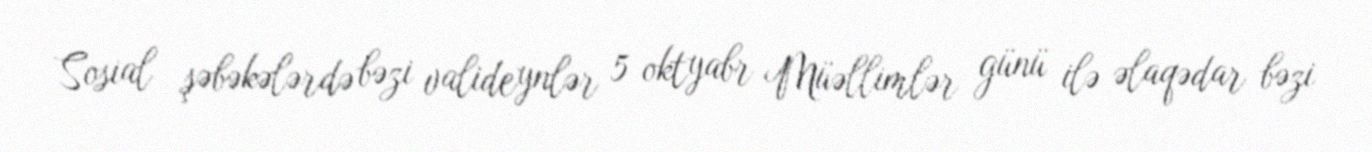
Sosial şəbəkələrdə bəzi valideynlər 5 oktyabr Müəllimlər günü ilə əlaqədar bəzi